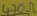
Text: 470Ω